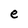
Character: e